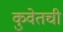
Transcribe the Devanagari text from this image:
कुवेतची